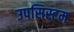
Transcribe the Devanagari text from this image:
उपसिस्टम